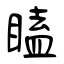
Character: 瞌